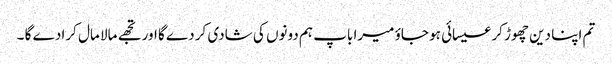
تم اپنا دین چھوڑ کر عیسائی ہو جاؤ میرا باپ ہم دونوں کی شادی کر دے گا اور تجھے مالا مال کرا دے گا ۔